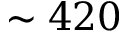
\sim 4 2 0